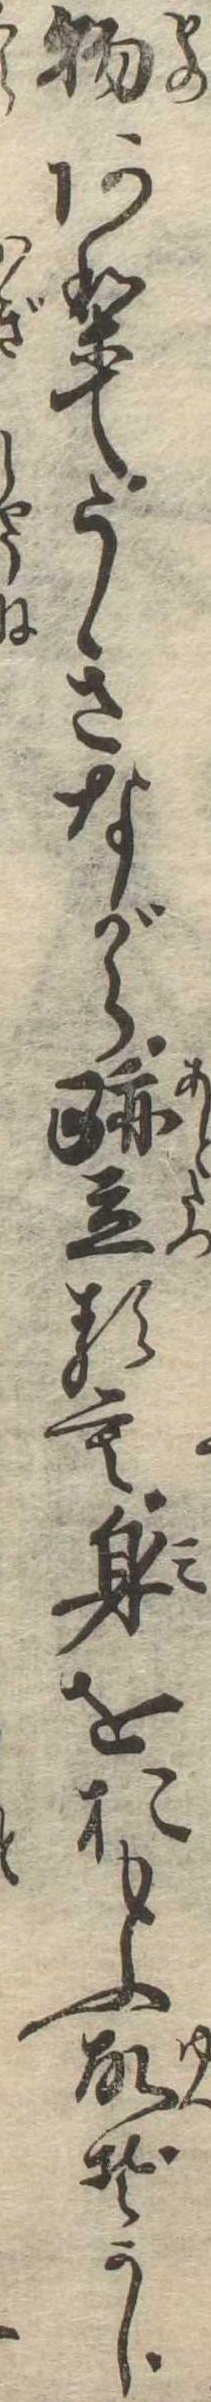
物ありてうきながら跡立るも身をおもふ故ぞかし